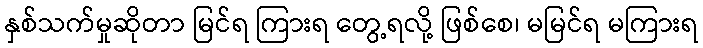
နှစ်သက်မှုဆိုတာ မြင်ရ ကြားရ တွေ့ရလို့ ဖြစ်စေ၊ မမြင်ရ မကြားရ